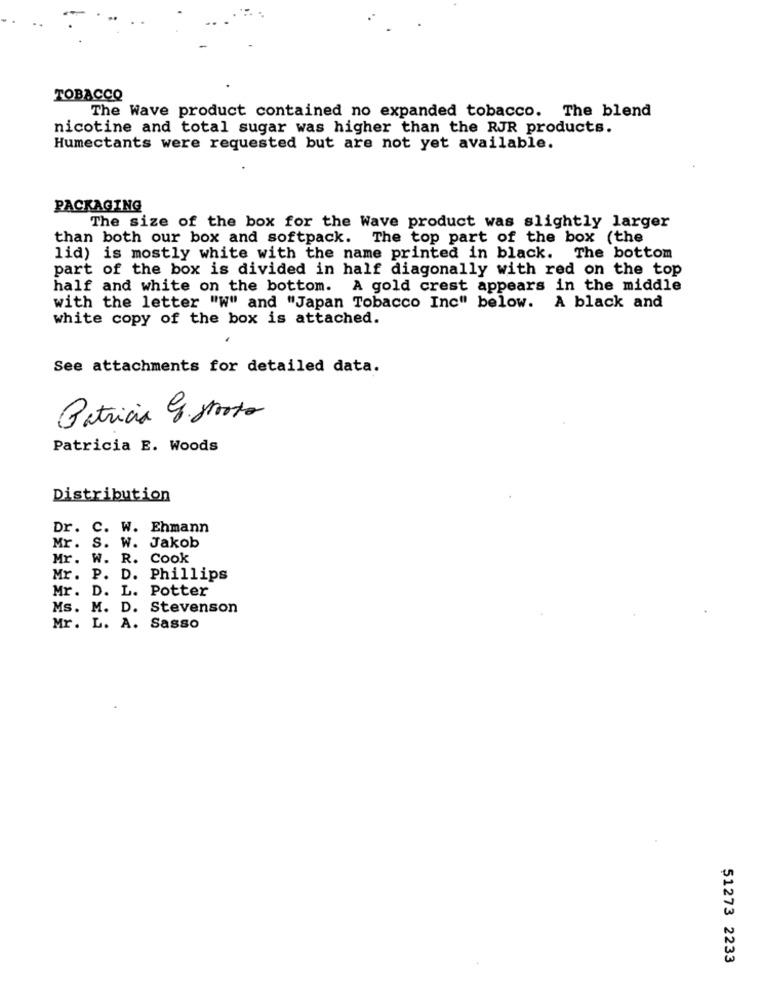
TOBACCO
The Wave product contained no expanded tobacco. The blend
nicotine and total sugar was higher than the RJR products.
Humectants were requested but are not yet available.
PACKAGING
The size of the box for the Wave product was slightly larger
than both our box and softpack. The top part of the box (the
lid) is mostly white with the name printed in black. The bottom
part of the box is divided in half diagonally with red on the top
half and white on the bottom. A gold crest appears in the middle
with the letter "W" and "Japan Tobacco Inc" below. A black and
white copy of the box is attached.
See attachments for detailed data.
Patricia C. gosto
Patricia E. Woods
Distribution
Dr. C. W. Ehmann
Mr. S. W. Jakob
Mr.
W. R. Cook
Mr.
P. D. Phillips
Mr. D. L.
Potter
Ms. M. D. Stevenson
Mr. L. A. Sasso
51273 2233